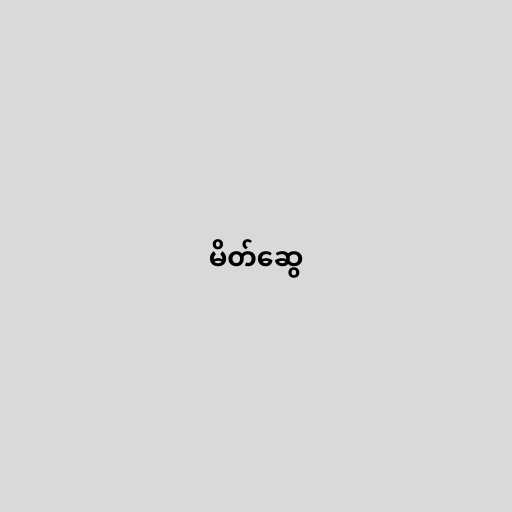
မိတ်ဆွေ